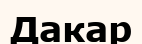
Дакар